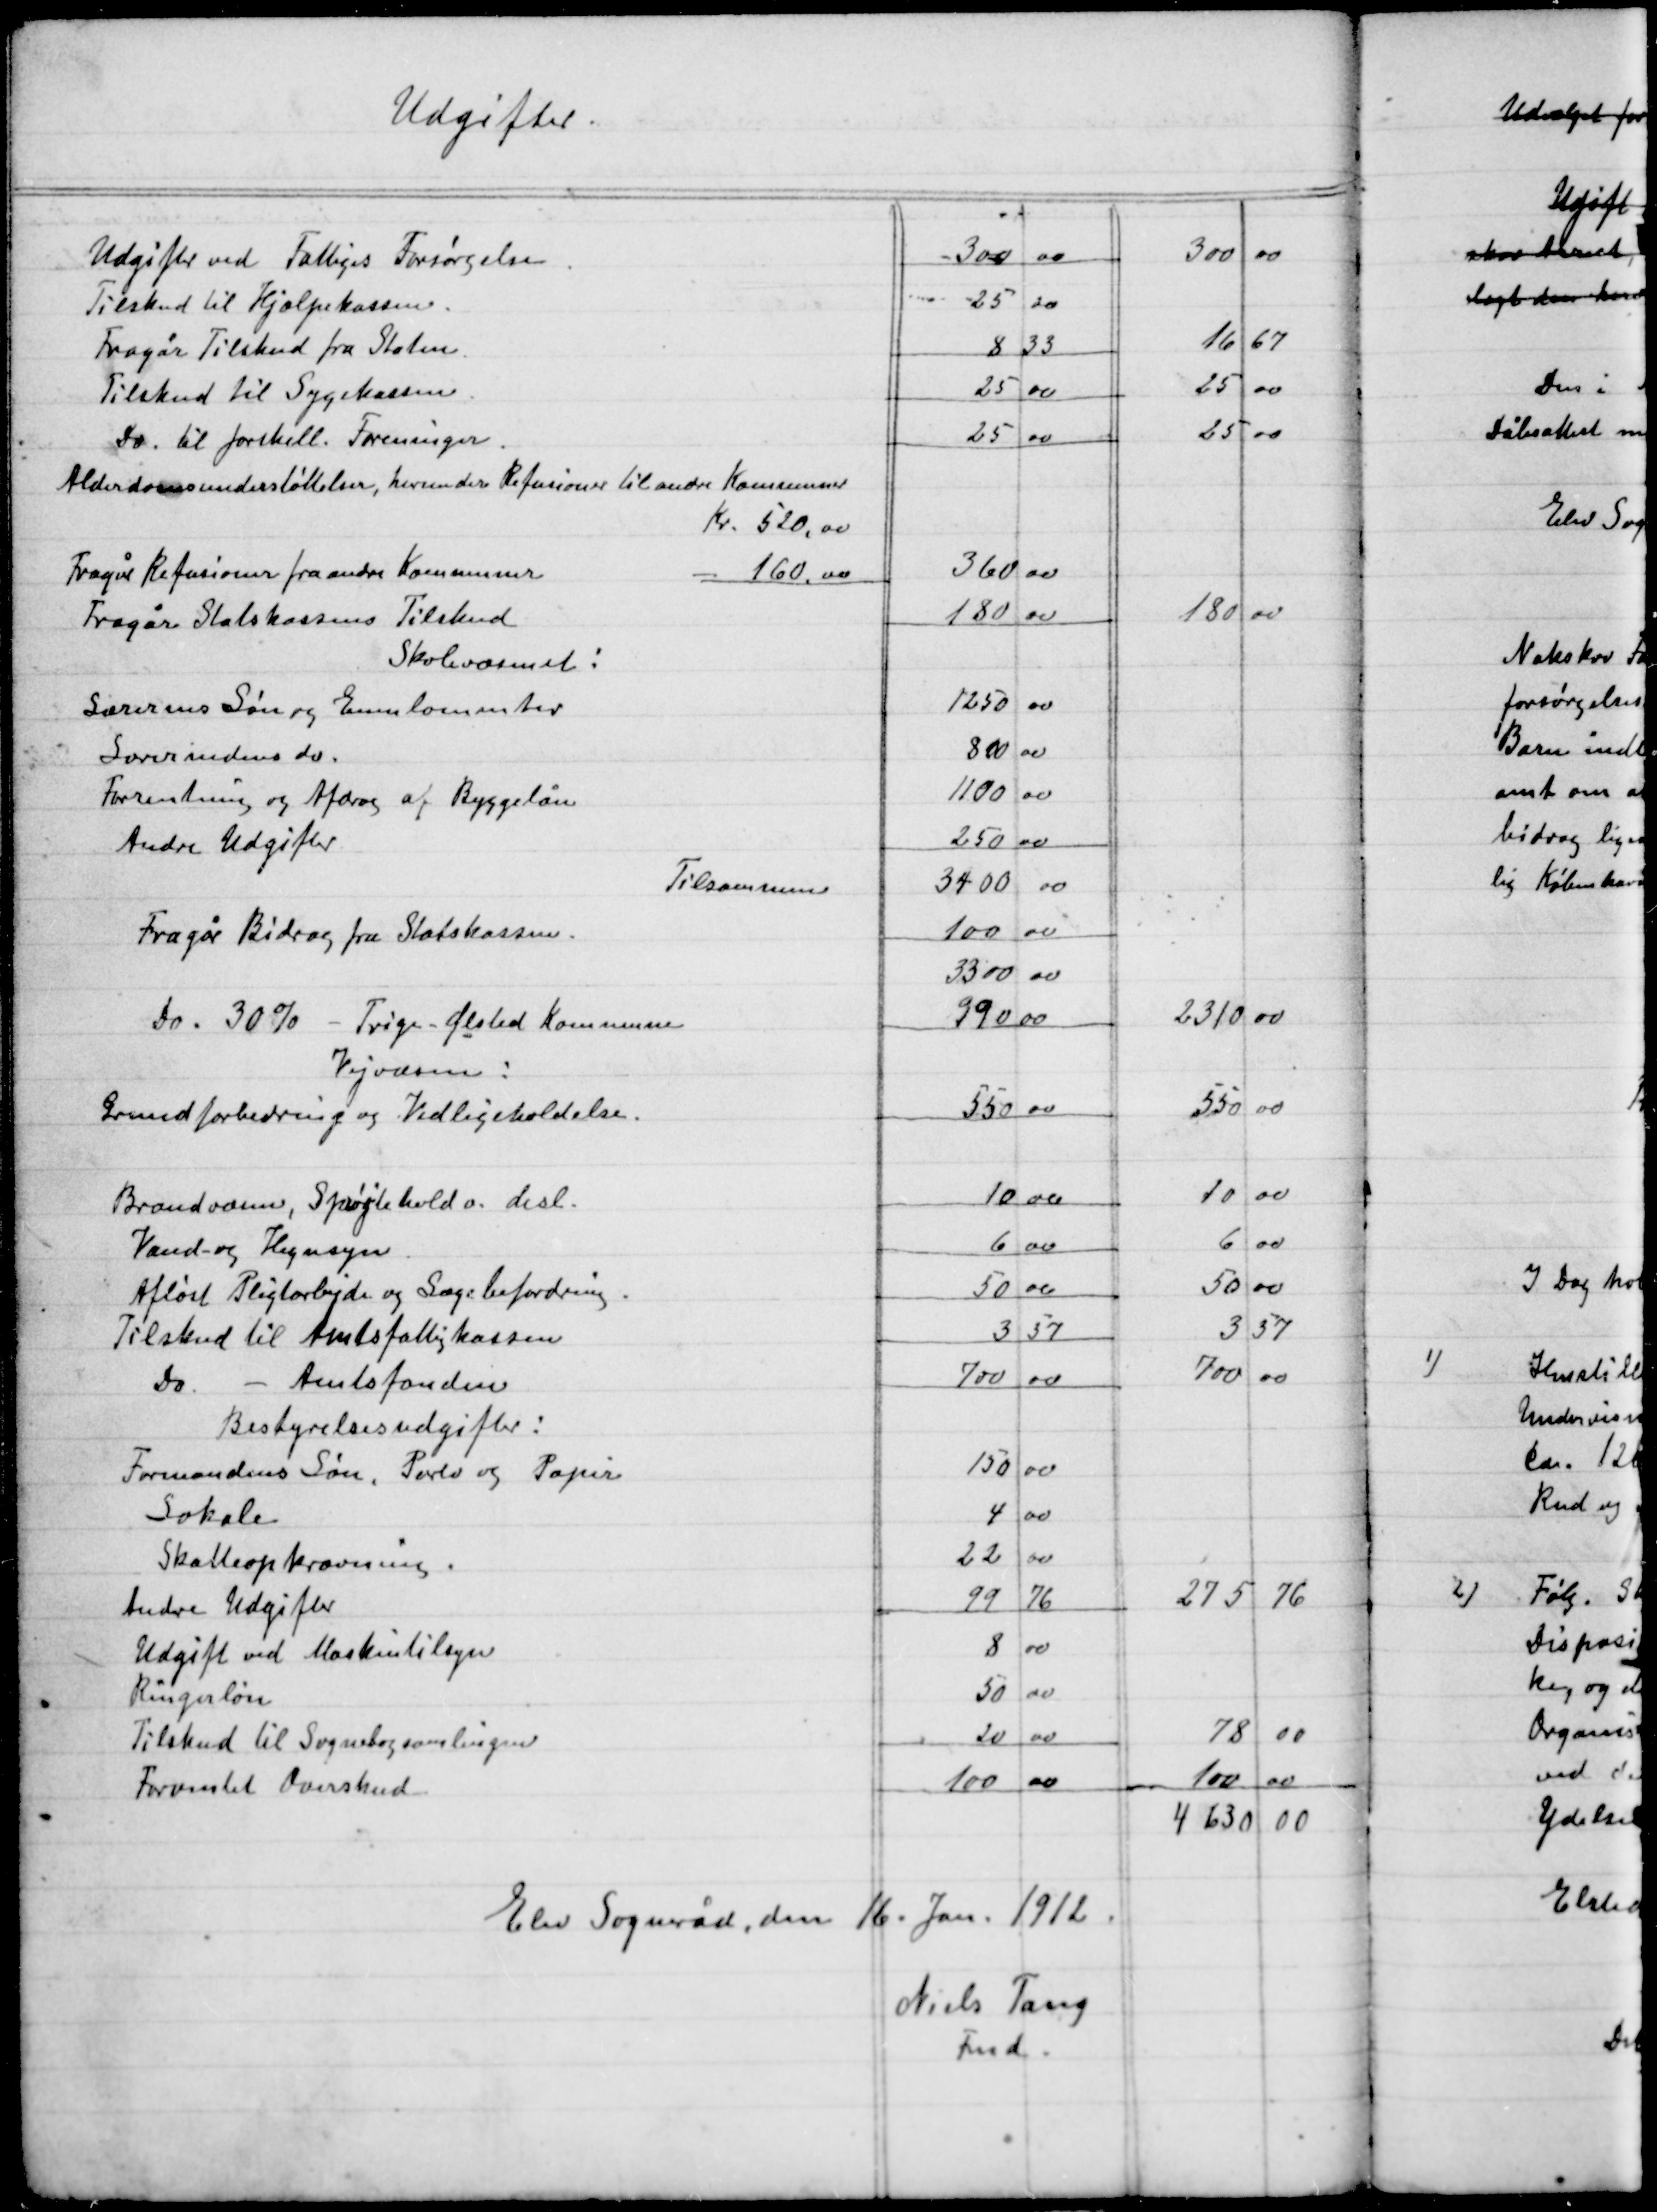
Transskription:
Elev Sogneråd, den 16. Jan. 1912.

Niels Tang
Fmd.